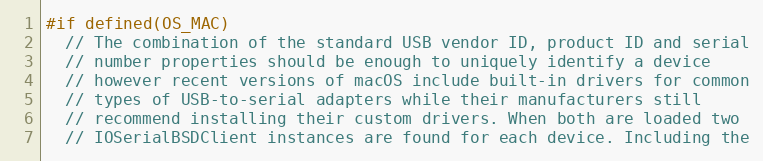
Language: C++
#if defined(OS_MAC)
  // The combination of the standard USB vendor ID, product ID and serial
  // number properties should be enough to uniquely identify a device
  // however recent versions of macOS include built-in drivers for common
  // types of USB-to-serial adapters while their manufacturers still
  // recommend installing their custom drivers. When both are loaded two
  // IOSerialBSDClient instances are found for each device. Including the